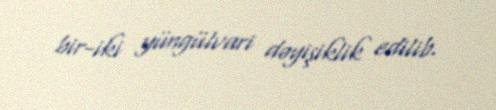
bir-iki yüngülvari dəyişiklik edilib.